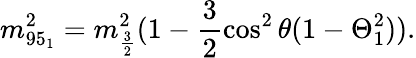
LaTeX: m_{95_{1}}^{2}=m_{\frac{3}{2}}^{2}(1-\frac{3}{2}\cos^{2}\theta(1-\Theta_{1}^{2})).